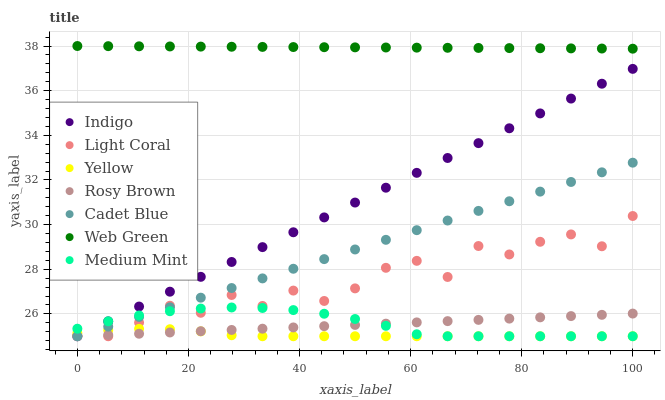
| xaxis_label | Indigo | Light Coral | Yellow | Rosy Brown | Cadet Blue | Web Green | Medium Mint |
 | --- | --- | --- | --- | --- | --- | --- | --- |
 | 0 | 25 | 25 | 25.1 | 25 | 25 | 38 | 25.3 |
 | 5.56 | 25.7 | 25 | 25.3 | 25.1 | 25.4 | 38 | 25.7 |
 | 11.1 | 26.3 | 25.6 | 25.3 | 25.1 | 25.9 | 38 | 25.9 |
 | 16.7 | 27 | 26.4 | 25.3 | 25.2 | 26.3 | 38 | 26.1 |
 | 22.2 | 27.7 | 26.1 | 25.2 | 25.2 | 26.7 | 38 | 26.2 |
 | 27.8 | 28.3 | 26.8 | 25 | 25.3 | 27.2 | 38 | 26.3 |
 | 33.3 | 29 | 26.4 | 25 | 25.3 | 27.6 | 38 | 26.3 |
 | 38.9 | 29.7 | 27 | 25 | 25.4 | 28 | 38 | 26.2 |
 | 44.4 | 30.3 | 26.6 | 25 | 25.5 | 28.5 | 37.9 | 26 |
 | 50 | 31 | 27.1 | 25 | 25.5 | 28.9 | 37.9 | 25.8 |
 | 55.6 | 31.7 | 28.1 | 25 | 25.6 | 29.3 | 37.9 | 25.5 |
 | 61.1 | 32.3 | 28.4 | 25 | 25.6 | 29.8 | 37.9 | 25.1 |
 | 66.7 | 33 | 27.7 | 25 | 25.7 | 30.2 | 37.9 | 25 |
 | 72.2 | 33.6 | 29 | 25 | 25.7 | 30.6 | 37.9 | 25 |
 | 77.8 | 34.3 | 28.7 | 25 | 25.8 | 31 | 37.9 | 25 |
 | 83.3 | 35 | 29.2 | 25 | 25.8 | 31.5 | 37.9 | 25 |
 | 88.9 | 35.6 | 29.6 | 25 | 25.9 | 31.9 | 37.9 | 25 |
 | 94.4 | 36.3 | 29 | 25 | 26 | 32.3 | 37.9 | 25 |
 | 100 | 37 | 30.4 | 25 | 26 | 32.8 | 37.9 | 25 |